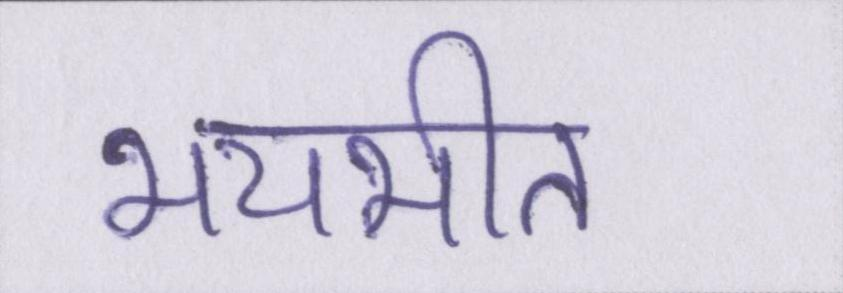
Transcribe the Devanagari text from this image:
भयभीत